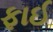
ફાઈ